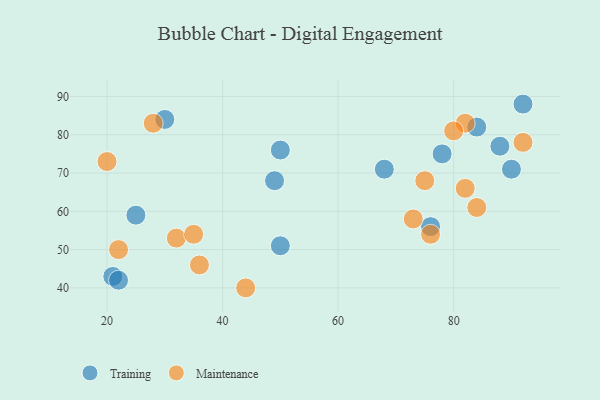
{"axis": {"x": "GDP", "y": "Life Expectancy"}, "legend": ["Maintenance", "Training"], "data": [{"x": "50", "y": 76, "type": "Training"}, {"x": "90", "y": 71, "type": "Training"}, {"x": "84", "y": 82, "type": "Training"}, {"x": "78", "y": 75, "type": "Training"}, {"x": "92", "y": 88, "type": "Training"}, {"x": "30", "y": 84, "type": "Training"}, {"x": "49", "y": 68, "type": "Training"}, {"x": "68", "y": 71, "type": "Training"}, {"x": "21", "y": 43, "type": "Training"}, {"x": "22", "y": 42, "type": "Training"}, {"x": "88", "y": 77, "type": "Training"}, {"x": "25", "y": 59, "type": "Training"}, {"x": "76", "y": 56, "type": "Training"}, {"x": "50", "y": 51, "type": "Training"}, {"x": "82", "y": 83, "type": "Maintenance"}, {"x": "80", "y": 81, "type": "Maintenance"}, {"x": "32", "y": 53, "type": "Maintenance"}, {"x": "44", "y": 40, "type": "Maintenance"}, {"x": "28", "y": 83, "type": "Maintenance"}, {"x": "20", "y": 73, "type": "Maintenance"}, {"x": "76", "y": 54, "type": "Maintenance"}, {"x": "73", "y": 58, "type": "Maintenance"}, {"x": "36", "y": 46, "type": "Maintenance"}, {"x": "22", "y": 50, "type": "Maintenance"}, {"x": "82", "y": 66, "type": "Maintenance"}, {"x": "84", "y": 61, "type": "Maintenance"}, {"x": "35", "y": 54, "type": "Maintenance"}, {"x": "75", "y": 68, "type": "Maintenance"}, {"x": "92", "y": 78, "type": "Maintenance"}]}